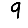
Digit: 9